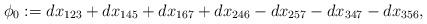
LaTeX: \begin{align*}\phi_0 := dx_{123} + dx_{145} +dx_{167} + dx_{246} - dx_{257} - dx_{347} - dx_{356},\end{align*}